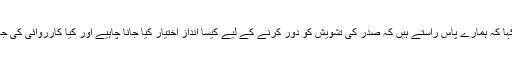
انہوں نے کہا کہ ہمارے پاس راستے ہیں کہ صدر کی تشویش کو دور کرنے کے لیے کیسا انداز اختیار کیا جانا چاہیے اور کیا کارروائی کی جانی چاہئے۔